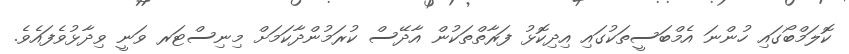
ކޮލަމްބޯގައި ހުންނަ އެމްބަސީތަކުގައި އިދިކޮޅު ފަރާތްތަކުން އާދޭސް ކުރަމުންދާކަމަށް މިނިސްޓަރ ވަނީ ވިދާޅުވެފައެވެ.